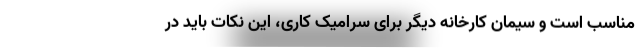
مناسب است و سیمان کارخانه دیگر برای سرامیک‌ کاری، این نکات باید در